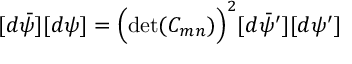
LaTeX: [ d \bar { \psi } ] [ d \psi ] = \Bigl ( \operatorname * { d e t } ( C _ { m n } ) \Bigr ) ^ { 2 } [ d \bar { \psi } ^ { \prime } ] [ d \psi ^ { \prime } ]